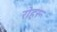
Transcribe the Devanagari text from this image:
रोहरू